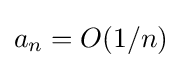
a_{n}=O(1/n)